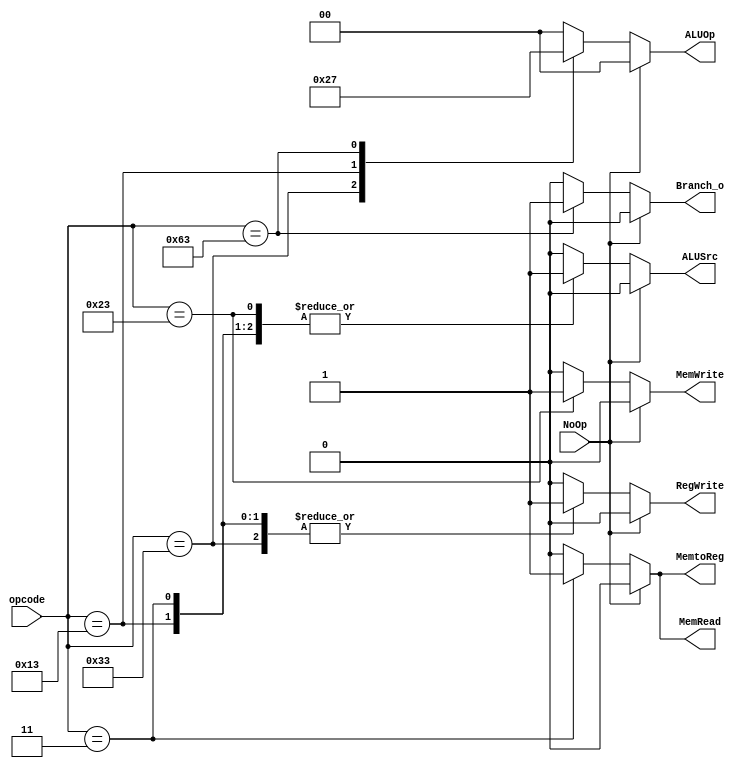
module Control (NoOp, opcode, ALUSrc, MemtoReg, RegWrite, MemRead, MemWrite, Branch_o, ALUOp);

    input NoOp;
    input [6:0] opcode;
    output reg ALUSrc;
    output reg MemtoReg;
    output reg RegWrite;
    output reg MemRead;
    output reg MemWrite;
    output reg Branch_o;
    output reg [1:0] ALUOp;

    initial begin
        ALUSrc = 1'b0;
        MemtoReg = 1'b0;
        RegWrite = 1'b0;
        MemRead = 1'b0;
        MemWrite = 1'b0;
        Branch_o = 1'b0;
        ALUOp = 2'b00;
    end

    always @(*) begin
        if (NoOp == 1'b1) begin
            ALUSrc = 1'b0;
            MemtoReg = 1'b0;
            RegWrite = 1'b0;
            MemRead = 1'b0;
            MemWrite = 1'b0;
            Branch_o = 1'b0;
            ALUOp = 2'b00;
        end else begin
            case (opcode)
                // R-type
                7'b0110011: begin
                    ALUSrc = 1'b0;
                    MemtoReg = 1'b0;
                    RegWrite = 1'b1;
                    MemRead = 1'b0;
                    MemWrite = 1'b0;
                    Branch_o = 1'b0;
                    ALUOp = 2'b10;
                end
                //addi
                7'b0010011: begin
                    ALUSrc = 1'b1;
                    MemtoReg = 1'b0;
                    RegWrite = 1'b1;
                    MemRead = 1'b0;
                    MemWrite = 1'b0;
                    Branch_o = 1'b0;
                    ALUOp = 2'b01;
                end
                //lw
                7'b0000011: begin
                    ALUSrc = 1'b1;
                    MemtoReg = 1'b1;
                    RegWrite = 1'b1;
                    MemRead = 1'b1;
                    MemWrite = 1'b0;
                    Branch_o = 1'b0;
                    ALUOp = 2'b00;
                end
                //sd
                7'b0100011: begin
                    ALUSrc = 1'b1;
                    MemtoReg = 1'b0;
                    RegWrite = 1'b0;
                    MemRead = 1'b0;
                    MemWrite = 1'b1;
                    Branch_o = 1'b0;
                    ALUOp = 2'b00;
                end
                //beq
                7'b1100011: begin
                    ALUSrc = 1'b0;
                    MemtoReg = 1'b0;
                    RegWrite = 1'b0;
                    MemRead = 1'b0;
                    MemWrite = 1'b0;
                    Branch_o = 1'b1;
                    ALUOp = 2'b11;
                end
                default: begin
                    ALUSrc = 1'b0;
                    MemtoReg = 1'b0;
                    RegWrite = 1'b0;
                    MemRead = 1'b0;
                    MemWrite = 1'b0;
                    Branch_o = 1'b0;
                    ALUOp = 2'b00;
                end
            endcase
        end
    end

endmodule